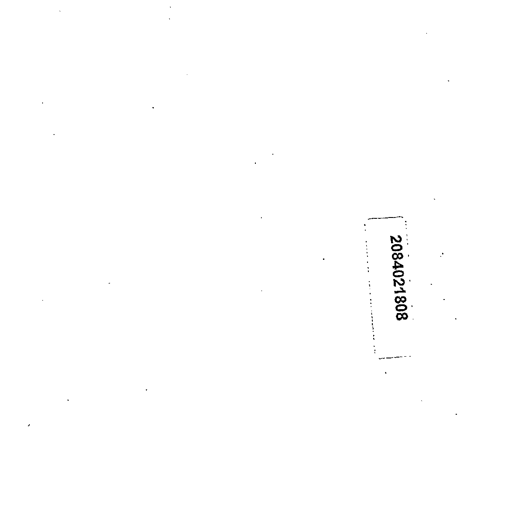
2084021808